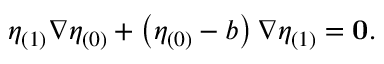
\eta _ { ( 1 ) } \nabla \eta _ { ( 0 ) } + \left( \eta _ { ( 0 ) } - b \right) \nabla \eta _ { ( 1 ) } = \mathbf { 0 } .